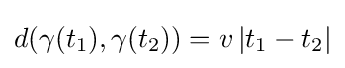
d(\gamma (t_{1}),\gamma (t_{2}))=v\left|t_{1}-t_{2}\right|